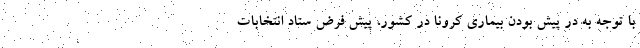
با توجه به در پیش بودن بیماری کرونا در کشور، پیش فرض ستاد انتخابات